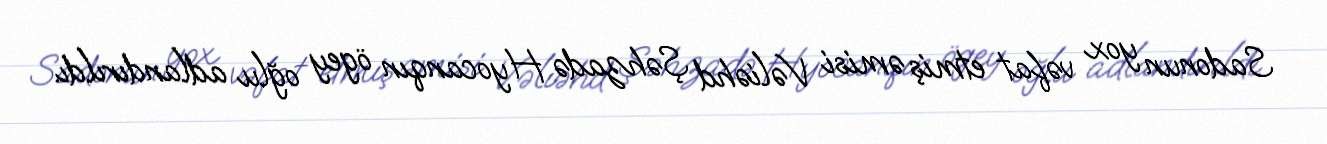
Sadonun yox vəfat etmiş əmisi Vəliəhd Şəhzadə Hyocanqın ögey oğlu adlandırıldı.